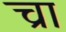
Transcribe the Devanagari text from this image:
च्रा